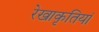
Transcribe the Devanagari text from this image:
रेखाकृतियां